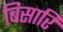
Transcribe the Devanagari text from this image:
बिसारि